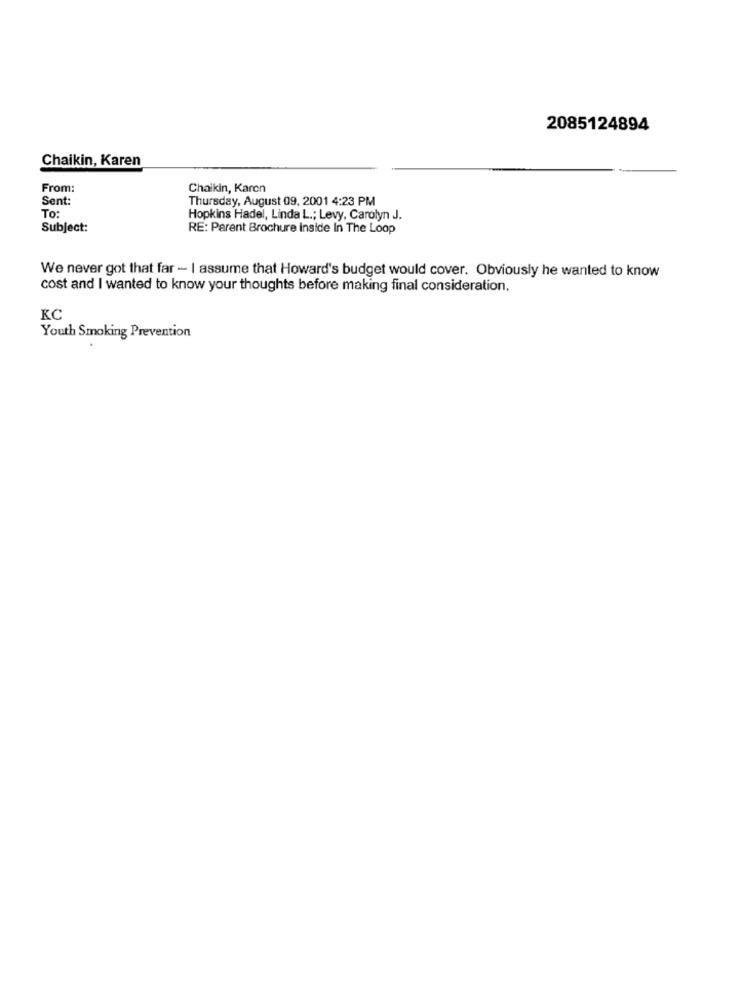
2085124894
Chaikin, Karen
From:
Chaikin, Karen
Sent:
Thursday, August 09. 2001 4:23 PM
To:
Hopkins Hadel, Linda L .; Levy, Carolyn J.
Subject:
RE: Parent Brochure Inside In The Loop
We never got that far - I assume that Howard's budget would cover. Obviously he wanted to know
cost and I wanted to know your thoughts before making final consideration.
KC
Youth Smoking Prevention